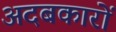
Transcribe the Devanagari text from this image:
अदबकारों